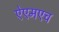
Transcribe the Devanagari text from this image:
ऐएमएच